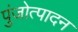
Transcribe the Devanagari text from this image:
पुंजोत्पादन